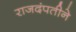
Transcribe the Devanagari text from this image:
राजदंपतीने